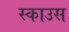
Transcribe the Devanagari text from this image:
स्काउस